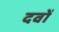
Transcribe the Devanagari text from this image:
दवों